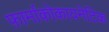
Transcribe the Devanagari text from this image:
फ़ार्माकोकायनेटिक